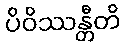
ပိဝိဿန္တီတိ